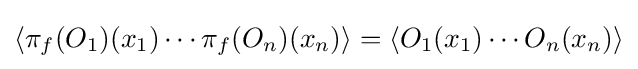
\left\langle \pi _{f}(O_{1})(x_{1})\cdots \pi _{f}(O_{n})(x_{n})\right\rangle =\left\langle O_{1}(x_{1})\cdots O_{n}(x_{n})\right\rangle